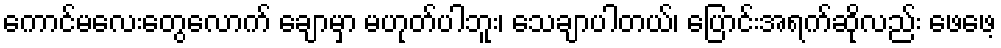
ကောင်မလေးတွေလောက် ချောမှာ မဟုတ်ပါဘူး၊ သေချာပါတယ်၊ ပြောင်းအရက်ဆိုလည်း ဖေဖေ့